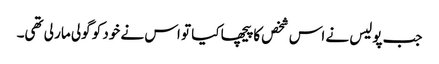
جب پولیس نے اس شخص کا پیچھا کیا تو اس نے خود کو گولی مار لی تھی۔